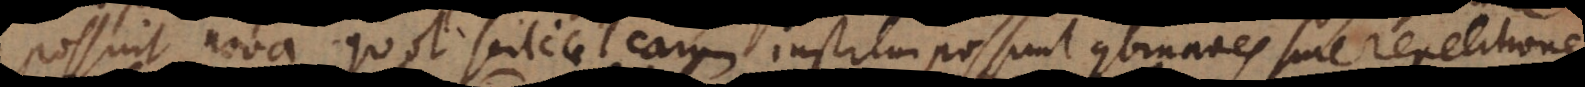
possint nova, quot scilicet earum institui possunt combinationes sine repetitione.